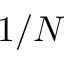
1 / N